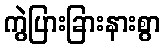
ကွဲပြားခြားနားစွာ